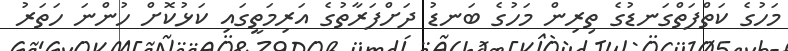
މަހުގެ ކަތްފަތްގަނޑުގެ ތިރިން މަހުގެ ބަނޑު ދަށްފަރާތުގެ އަރިމަތީގައި ކަޅުކޮށް ހުންނަ ހަތަރު